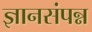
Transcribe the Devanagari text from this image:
ज्ञानसंपन्न